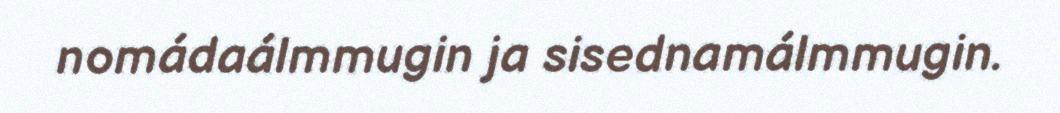
nomádaálmmugin ja sisednamálmmugin.